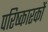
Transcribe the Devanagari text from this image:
परिष्कारकों